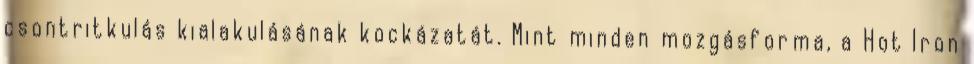
csontritkulás kialakulásának kockázatát. Mint minden mozgásforma, a Hot Iron